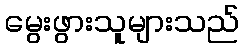
မွေးဖွားသူများသည်